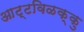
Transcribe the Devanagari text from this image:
आट्टविळक्कु